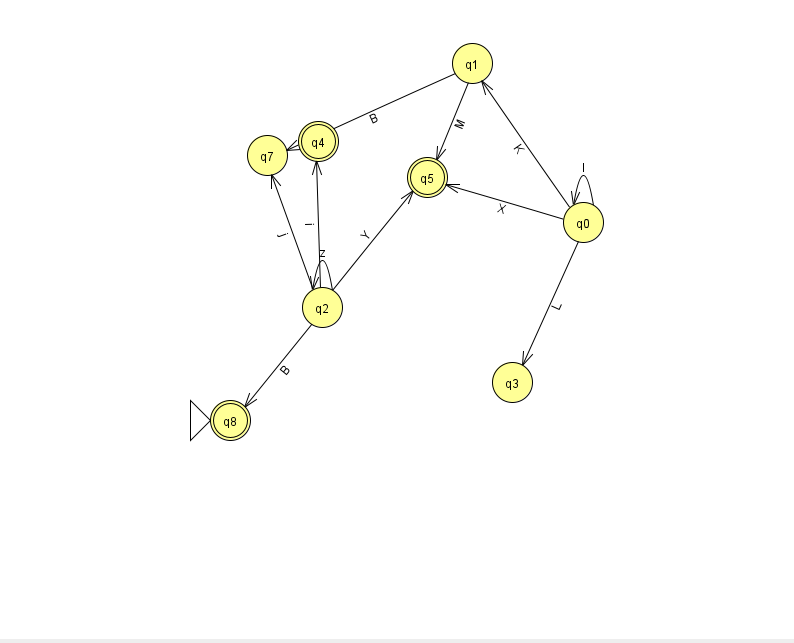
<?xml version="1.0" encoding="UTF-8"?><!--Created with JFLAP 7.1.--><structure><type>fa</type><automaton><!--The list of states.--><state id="0" name="q0"><x>583.0</x><y>209.0</y></state><state id="1" name="q1"><x>472.0</x><y>50.0</y></state><state id="2" name="q2"><x>322.0</x><y>294.0</y></state><state id="3" name="q3"><x>512.0</x><y>369.0</y></state><state id="4" name="q4"><x>318.0</x><y>128.0</y><final/></state><state id="5" name="q5"><x>427.0</x><y>164.0</y><final/></state><state id="7" name="q7"><x>267.0</x><y>142.0</y></state><state id="8" name="q8"><x>230.0</x><y>407.0</y><initial/><final/></state><!--The list of transitions.--><transition><from>2</from><to>5</to><read>Y</read></transition><transition><from>0</from><to>3</to><read>L</read></transition><transition><from>2</from><to>4</to><read>i</read></transition><transition><from>2</from><to>8</to><read>B</read></transition><transition><from>0</from><to>1</to><read>K</read></transition><transition><from>0</from><to>5</to><read>X</read></transition><transition><from>1</from><to>7</to><read>B</read></transition><transition><from>2</from><to>2</to><read>z</read></transition><transition><from>2</from><to>7</to><read>j</read></transition><transition><from>0</from><to>0</to><read>l</read></transition><transition><from>1</from><to>5</to><read>M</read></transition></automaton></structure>